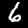
Label: 6